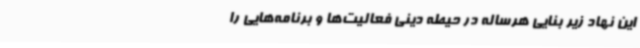
این نهاد زیر بنایی هرساله در حیطه دینی فعالیت‌ها و برنامه‌هایی را